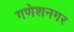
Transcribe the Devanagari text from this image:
गणेशनगर